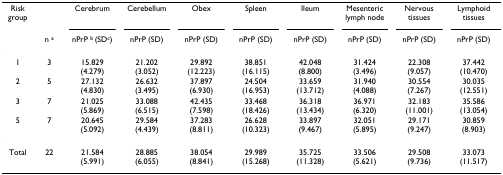
| Risk group |  | Cerebrum | Cerebellum | Obex | Spleen | Ileum | Mesenteric lymph node | Nervous tissues | Lymphoid tissues |
 |  | n a | nPrP b (SDc) | nPrP (SD) | nPrP (SD) | nPrP (SD) | nPrP (SD) | nPrP (SD) | nPrP (SD) | nPrP (SD) |
 | --- | --- | --- | --- | --- | --- | --- | --- | --- | --- |
 | 1 | 3 | 15.829 (4.279) | 21.202 (3.052) | 29.892 (12.223) | 38.851 (16.115) | 42.048 (8.800) | 31.424 (3.496) | 22.308 (9.057) | 37.442 (10.470) |
 | 2 | 5 | 27.132 (4.830) | 26.632 (3.495) | 37.897 (6.930) | 24.504 (16.953) | 33.659 (13.712) | 31.940 (4.088) | 30.554 (7.267) | 30.035 (12.551) |
 | 3 | 7 | 21.025 (5.869) | 33.088 (6.515) | 42.435 (7.598) | 33.468 (18.426) | 36.318 (13.434) | 36.971 (6.320) | 32.183 (11.001) | 35.586 (13.054) |
 | 5 | 7 | 20.645 (5.092) | 29.584 (4.439) | 37.283 (8.811) | 26.628 (10.323) | 33.897 (9.467) | 32.051 (5.895) | 29.171 (9.247) | 30.859 (8.903) |
 | Total | 22 | 21.584 (5.991) | 28.885 (6.055) | 38.054 (8.841) | 29.989 (15.268) | 35.725 (11.328) | 33.506 (5.621) | 29.508 (9.736) | 33.073 (11.517) |